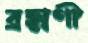
ব্রহ্মণী